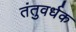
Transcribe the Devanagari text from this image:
तंतुवर्धक